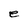
Character: e